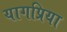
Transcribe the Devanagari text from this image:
यागप्रिया